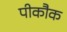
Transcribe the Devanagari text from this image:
पीकौक